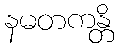
နမတကန္တိ